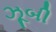
ઝૂબી